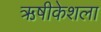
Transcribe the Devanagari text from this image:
ऋषीकेशला